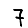
Digit: 7